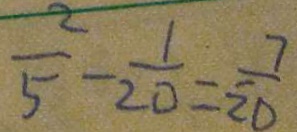
\frac { 2 } { 5 } - \frac { 1 } { 2 0 } = \frac { 7 } { 2 0 }